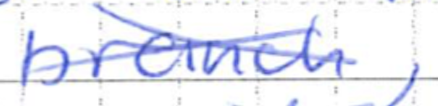
Text: branch,
Cross-out: cross
Writing tool: ballpoint